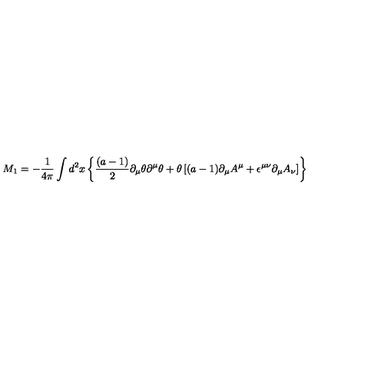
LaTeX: M _ { 1 } = - { \frac { 1 } { 4 \pi } } \int d ^ { 2 } x \left\lbrace { \frac { ( a - 1 ) } { 2 } } \partial _ { \mu } \theta \partial ^ { \mu } \theta + \theta \left\lbrack ( a - 1 ) \partial _ { \mu } A ^ { \mu } + \epsilon ^ { \mu \nu } \partial _ { \mu } A _ { \nu } \right\rbrack \right\rbrace